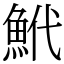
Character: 鮘